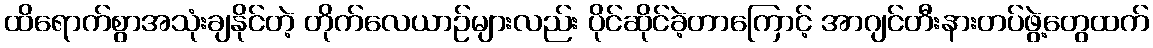
ထိရောက်စွာအသုံးချနိုင်တဲ့ တိုက်လေယာဉ်များလည်း ပိုင်ဆိုင်ခဲ့တာကြောင့် အာဂျင်တီးနားတပ်ဖွဲ့တွေထက်